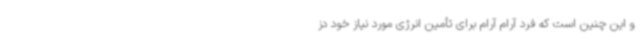
و این چنین است که فرد آرام آرام برای تأمین انرژی مورد نیاز خود دز